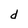
Character: d